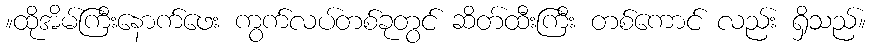
။ထိုအိမ်ကြီးနောက်ဖေး ကွက်လပ်တစ်ခုတွင် ဆိတ်ထီးကြီး တစ်ကောင် လည်း ရှိသည်။